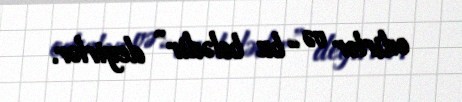
edirlər və “ bu belədir” deyirlər.